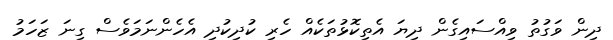
ދިން ވަގުތު ވިއްސައިގެން ދިޔަ އެތިކޮޅުތަކެއް ހެރި ކުދިކުދި އެހެންނަމަވެސް ގިނަ ޒަހަމު